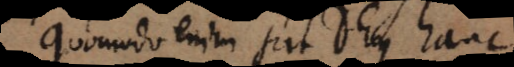
Quomodo enim scit Deus hanc